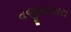
વજીયાસરા